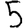
Digit: 5